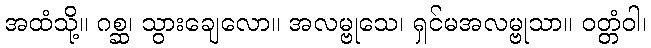
အထံသို့။ ဂစ္ဆ၊ သွားချေလော။ အလမ္ဗုသေ၊ ရှင်မအလမ္ဗုသာ။ ဝတ္တံဝါ၊